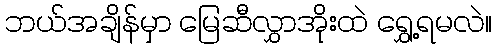
ဘယ်အချိန်မှာ မြေဆီလွှာအိုးထဲ ရွှေ့ရမလဲ။